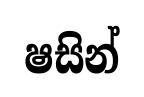
ෂසින්